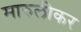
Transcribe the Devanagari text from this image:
मारुलीकर